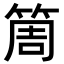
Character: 𥮐